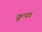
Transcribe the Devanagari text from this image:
कूपा